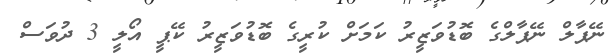
ނޭޕާލް ނޭޕާލްގެ ބޮޑުވަޒީރު ކަމަށް ކުރީގެ ބޮޑުވަޒީރު ކޭޕީ އޯލީ 3 ދުވަސް